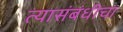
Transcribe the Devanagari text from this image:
त्यासंबंधीचा